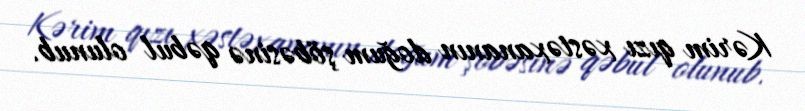
Kərim qızı xəstəxananın doğum şöbəsinə qəbul olunub.